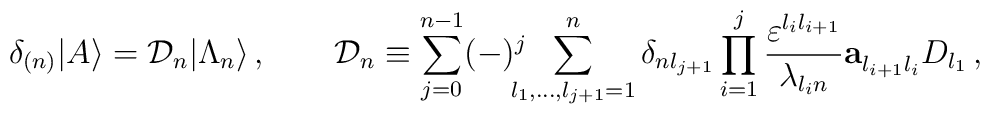
\delta_{(n)}|A\rangle={\cal D}_n|\Lambda_n\rangle\,,\qquad{\cal D}_n\equiv\sum_{j=0}^{n-1}(-)^j\!\!\!\!\sum_{l_1,\ldots,l_{j+1}=1}^n\delta_{nl_{j+1}} \prod_{i=1}^j\frac{\varepsilon^{l_i l_{i+1}}}{\lambda_{l_i n}}{\bf a}_{l_{i+1}l_i}^{} D_{l_1} \,,